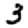
Digit: 3